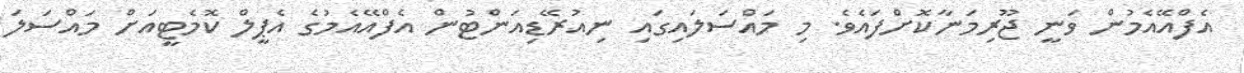
އެފްއޭއެމުން ވަނީ ޖޫރިމަނާކޮށްފައެވެ. މި މައްސަލައިގައި ނިއުރޭޑިއަންޓުން އެފްއޭއެމުގެ އެޕީލް ކޮމެޓީއަށް މައްސަލަ